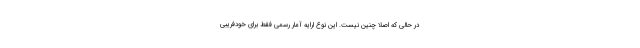
در حالی که اصلاً چنین نیست. این نوع ارایه آمار رسمی فقط برای خودفریبی